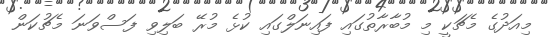
މިއަދުގެ މެޗަކީ މި މުބާރާތުގައި ފައިނަލްގައި ކުޅެ މުރޭ ބަލިވި ފަސްވަނަ މެޗުކަން